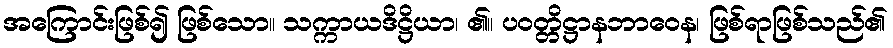
အကြောင်းဖြစ်၍ ဖြစ်သော။ သက္ကာယဒိဋ္ဌိယာ၊ ၏။ ပဝတ္တိဋ္ဌာနဘာဝေန၊ ဖြစ်ရာဖြစ်သည်၏